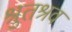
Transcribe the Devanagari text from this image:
श्रुतश्रव